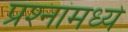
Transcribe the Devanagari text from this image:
प्रश्‍नांमध्‍ये